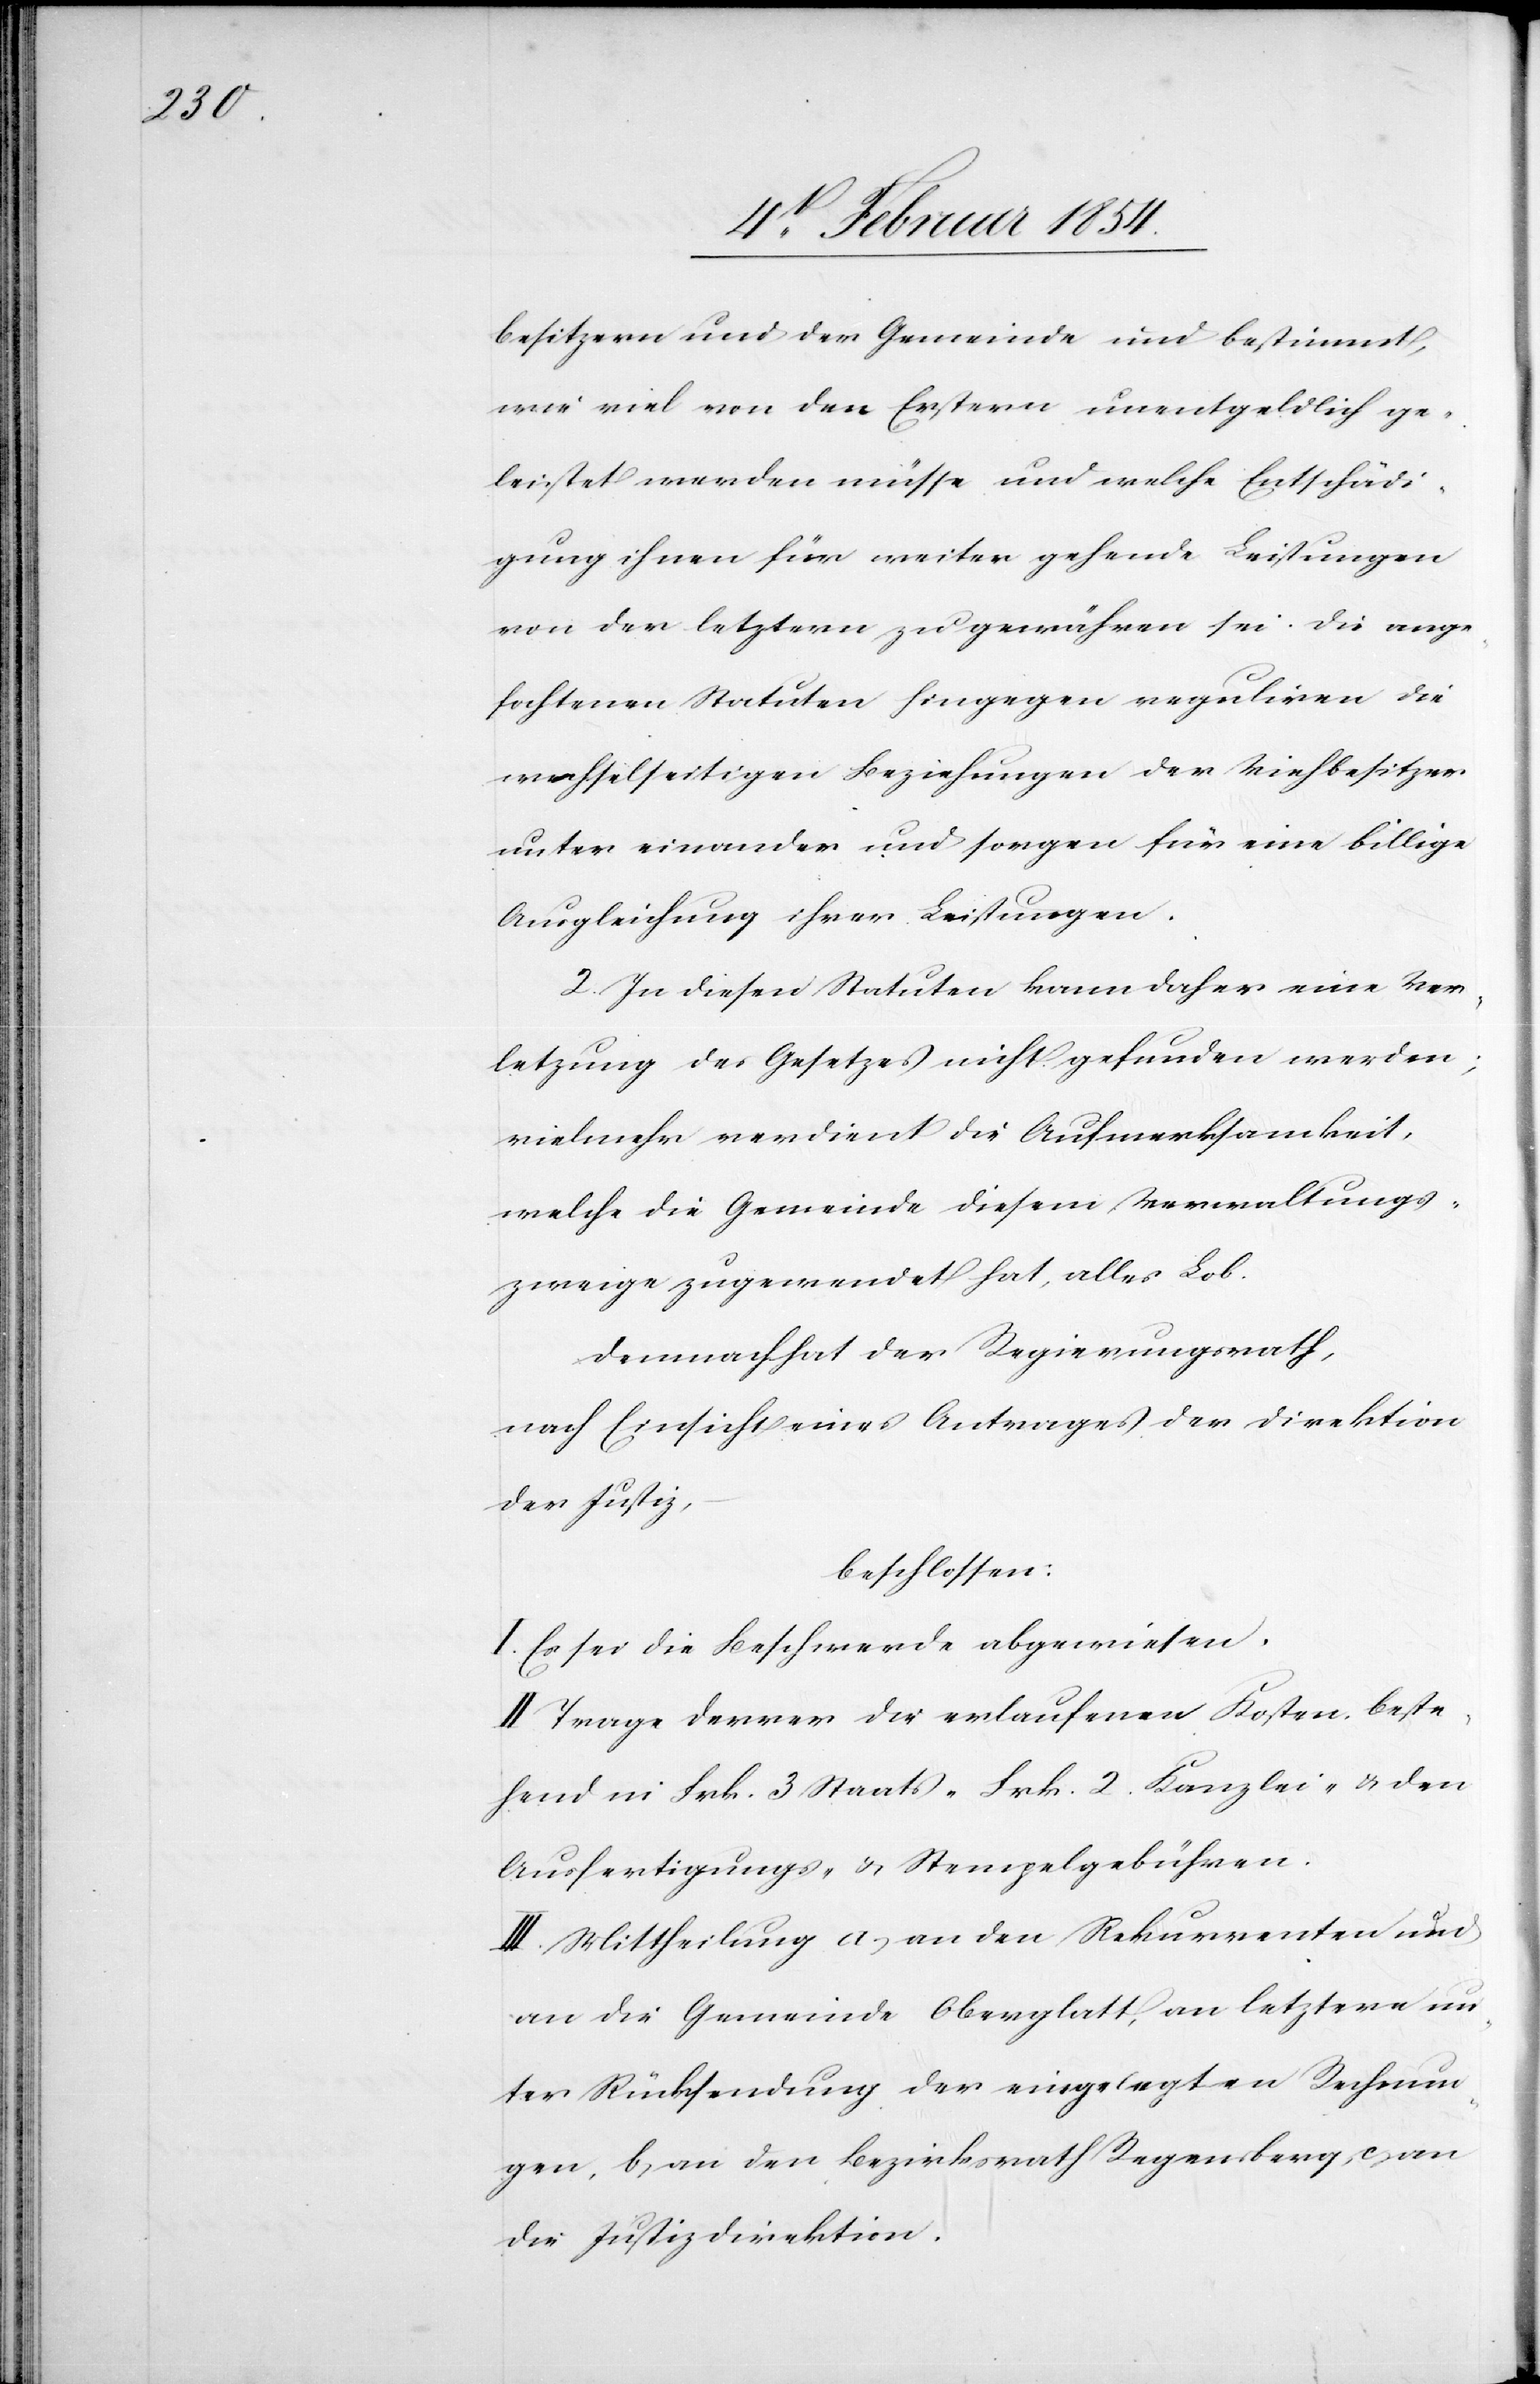
besitzern und der Gemeinde und bestimmt,
wie viel von den Erstern unentgeldlich ge¬
leistet werden müsse und welche Entschädi¬
gung ihnen für weiter gehende Leistungen
von den letztern zu gewähren sei. Die ange¬
fochtenen Statuten hingegen reguliren die
wechselseitigen Beziehungen der Viehbesitzer
unter einander und sorgen für eine billige
Ausgleichung ihrer Leistungen.
2. In diesen Statuten kann daher eine Ver¬
letzung des Gesetzes nicht gefunden werden;
vielmehr verdient die Aufmerksamkeit,
welche die Gemeindediesem Verwaltungs¬
zweige zugewendet hat, alles Lob.
Demnach hat der Regierungsrath,
nach Einsicht eines Antrages der Direktion
der Justiz,
beschlossen:
I. Es sei die Beschwerde abgewiesen.
II. Trage Derrer die erlaufenen Kosten. beste¬
hend in Frk. 3 Staats-[,] Frk. 2 Kanzlei- u. den
Ausfertigungs- u. Stempelgebühren.
III. Mittheilung a) an den Rekurrenten und
an die Gemeinde Oberglatt, an letztere un¬
ter Rücksendung der eingelegten Rechnun¬
gen, b) an den Bezirksrath Regensberg, c) an
die Justizdirektion.